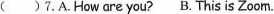
( )7.A.How are you? B. This is Zoom.